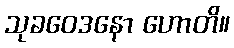
သုခဝေဒနော ဟောတိ။